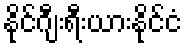
နိုင်ဂျီးရီးယားနိုင်ငံ